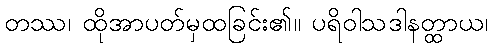
တဿ၊ ထိုအာပတ်မှထခြင်း၏။ ပရိဝါသဒါနတ္ထာယ၊